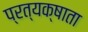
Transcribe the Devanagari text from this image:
प्रत्यक्षाता